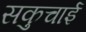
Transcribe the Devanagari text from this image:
सकुचाई